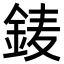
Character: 𨦎